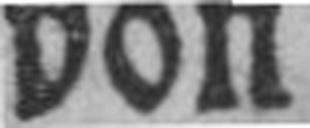
von